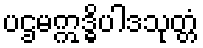
ပဌမဣဒ္ဓိပါဒသုတ္တံ